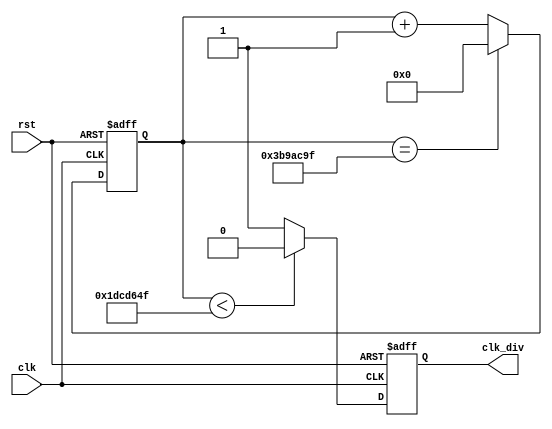
module divider(
  input clk,
  input rst,
  output reg clk_div
);

  reg [25:0] cnt;

  always@(posedge clk or posedge rst) begin
    if (rst) begin
      cnt <= 26'd0;
      clk_div <= 'b0;
    end
    else begin

      if (cnt == 62500000 - 1) cnt <= 26'd0;
      else cnt <= cnt + 1;

      if (cnt < 31250000 - 1) clk_div <= 'b0;
      else clk_div <= 'b1;
    end
  end

endmodule